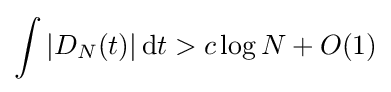
\int |D_{N}(t)|\,\mathrm {d} t>c\log N+O(1)